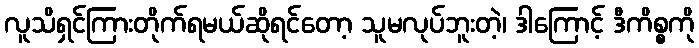
လူသိရှင်ကြားတိုက်ရမယ်ဆိုရင်တော့ သူမလုပ်ဘူးတဲ့၊ ဒါကြောင့် ဒီကိစ္စကို